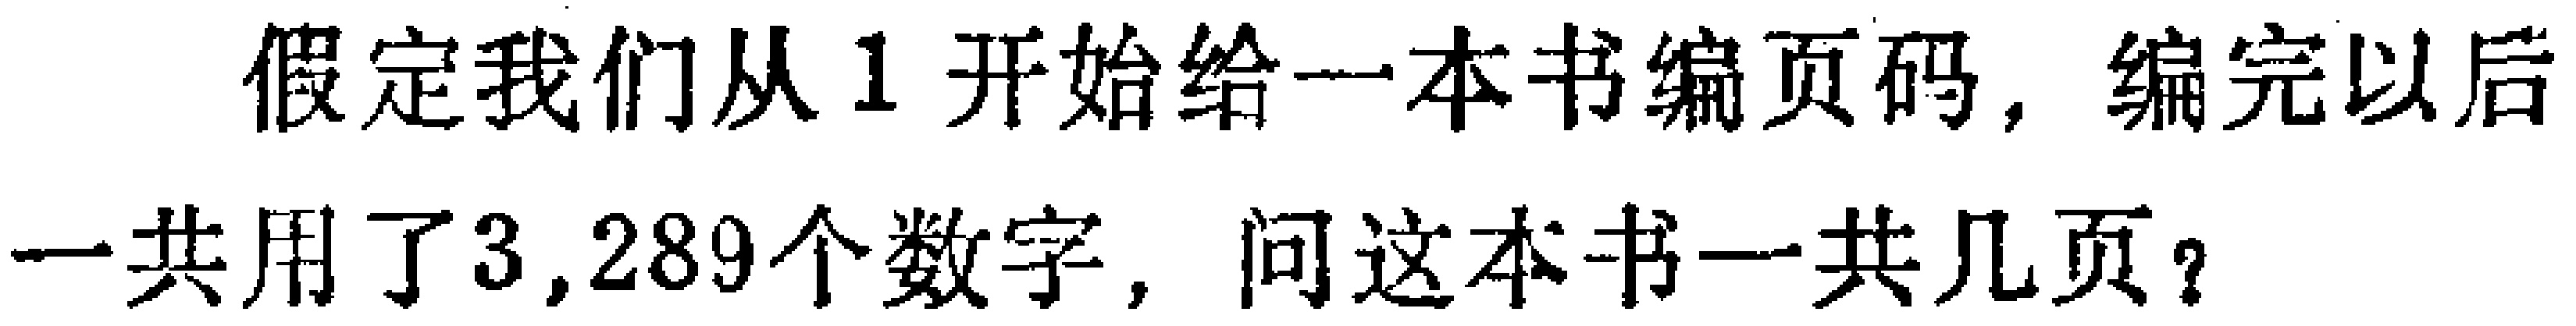
假定我们从1开始给一本书编页码，编完以后一共用了3,289个数字，问这本书一共几页？